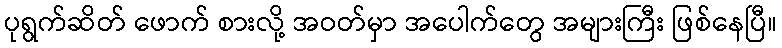
ပုရွက်ဆိတ် ဖောက် စားလို့ အဝတ်မှာ အပေါက်တွေ အများကြီး ဖြစ်နေပြီ။